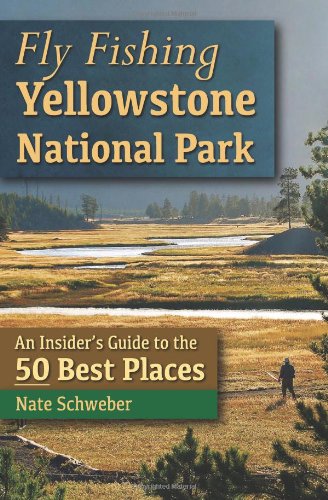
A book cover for Fly Fishing Yellowstone National Park: An Insider's Guide to the 50 Best Places; Nate Schweber; Travel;